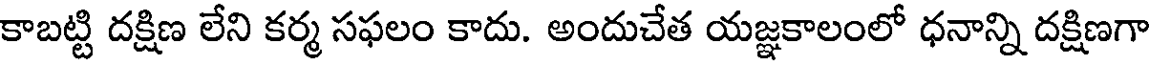
కాబట్టి దక్షిణ లేని కర్మ సఫలం కాదు. అందుచేత యజ్ఞకాలంలో ధనాన్ని దక్షిణగా